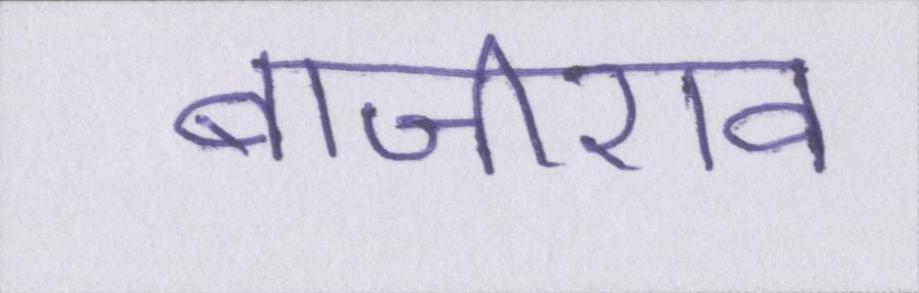
बाजीराव